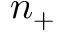
n _ { + }